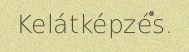
Kelátképzés.